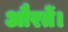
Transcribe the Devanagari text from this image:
औरतें।